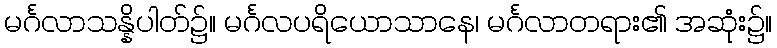
မင်္ဂလာသန္နိပါတ်၌။ မင်္ဂလပရိယောသာနေ၊ မင်္ဂလာတရား၏ အဆုံး၌။